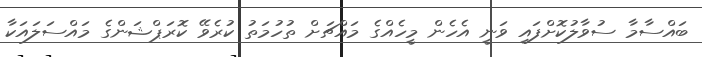
ބައްސާމާ ސުވާލުކޮށްފައި ވަނީ އެހެން މީހެއްގެ މައްޗަށް ތުހުމަތު ކުރެވޭ ކޮރަޕްޝަންގެ މައްސަލައަކާ